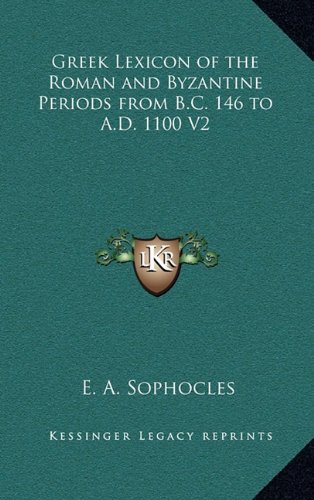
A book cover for Greek Lexicon of the Roman and Byzantine Periods from B.C. 146 to A.D. 1100 V2; E. A. Sophocles; Literature & Fiction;